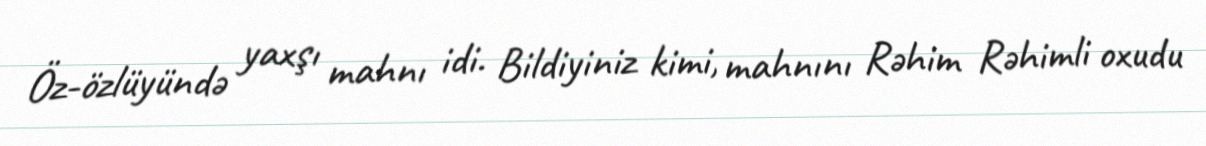
Öz-özlüyündə yaxşı mahnı idi. Bildiyiniz kimi, mahnını Rəhim Rəhimli oxudu